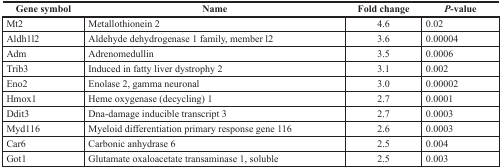
| Gene symbol | Name | Fold change | P-value |
 | --- | --- | --- | --- |
 | Mt2 | Metallothionein 2 | 4.6 | 0.02 |
 | Aldh1l2 | Aldehyde dehydrogenase 1 family, member l2 | 3.6 | 0.00004 |
 | Adm | Adrenomedullin | 3.5 | 0.0006 |
 | Trib3 | Induced in fatty liver dystrophy 2 | 3.1 | 0.002 |
 | Eno2 | Enolase 2, gamma neuronal | 3.0 | 0.00002 |
 | Hmox1 | Heme oxygenase (decycling) 1 | 2.7 | 0.0001 |
 | Ddit3 | Dna-damage inducible transcript 3 | 2.7 | 0.0003 |
 | Myd116 | Myeloid differentiation primary response gene 116 | 2.6 | 0.0003 |
 | Car6 | Carbonic anhydrase 6 | 2.5 | 0.004 |
 | Got1 | Glutamate oxaloacetate transaminase 1, soluble | 2.5 | 0.003 |